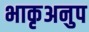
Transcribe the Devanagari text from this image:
भाकृअनुप